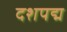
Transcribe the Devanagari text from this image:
दशपद्म